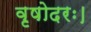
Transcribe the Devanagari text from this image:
वृषोदरः।